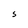
Character: S